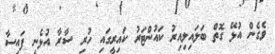
ވެގެން އުޅޭ ގޮތް ބަލައިލިއިރު ކައުންޓަރު ކައިރީގައި ހުރި ސާރާ އުޅެނީ ފައިސާ